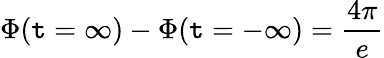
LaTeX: \Phi(\mathtt{t}=\infty)-\Phi(\mathtt{t}=-\infty)=\frac{{4\pi}}{{e}}